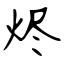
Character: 烬